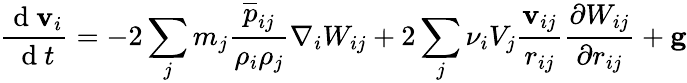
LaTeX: \frac{\mathrm{~d~}\mathbf{v}_{i}}{\mathrm{~d~}t}=-2\sum_{j}m_{j}\frac{\overline{{{p}}}_{ij}}{\rho_{i}\rho_{j}}\nabla_{i}W_{ij}+2\sum_{j}\nu_{i}V_{j}\frac{\mathbf{v}_{ij}}{r_{ij}}\frac{\partial W_{ij}}{\partial r_{ij}}+\mathbf{g}